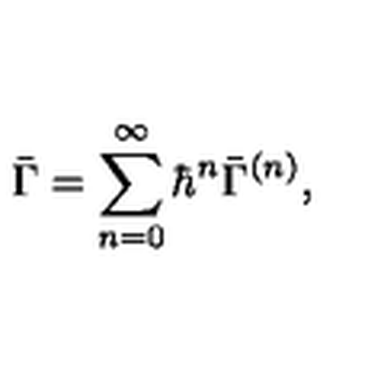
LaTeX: \bar { \Gamma } = \sum _ { n = 0 } ^ { \infty } { \hbar } ^ { n } \bar { \Gamma } ^ { ( n ) } ,